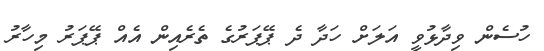
ހުސެން ވިދާޅުވީ އަލަށް ހަދާ ދެ ޕޭޕަރުގެ ތެރެއިން އެއް ޕޭޕަރު މިހާރު